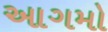
આગમો